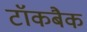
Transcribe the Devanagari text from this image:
टॉकबैक